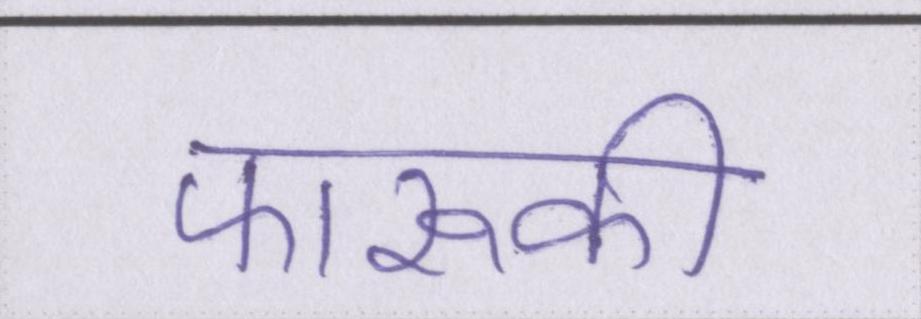
फारूकी